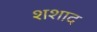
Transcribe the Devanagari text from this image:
शशाद